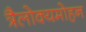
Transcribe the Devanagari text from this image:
त्रैलोक्यमोहन